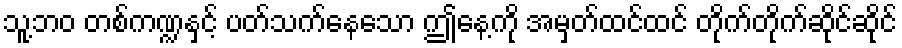
သူ့ဘဝ တစ်ကဏ္ဍနှင့် ပတ်သက်နေသော ဤနေ့ကို အမှတ်ထင်ထင် တိုက်တိုက်ဆိုင်ဆိုင်